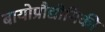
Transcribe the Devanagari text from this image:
बायोप्रौद्योगिकी